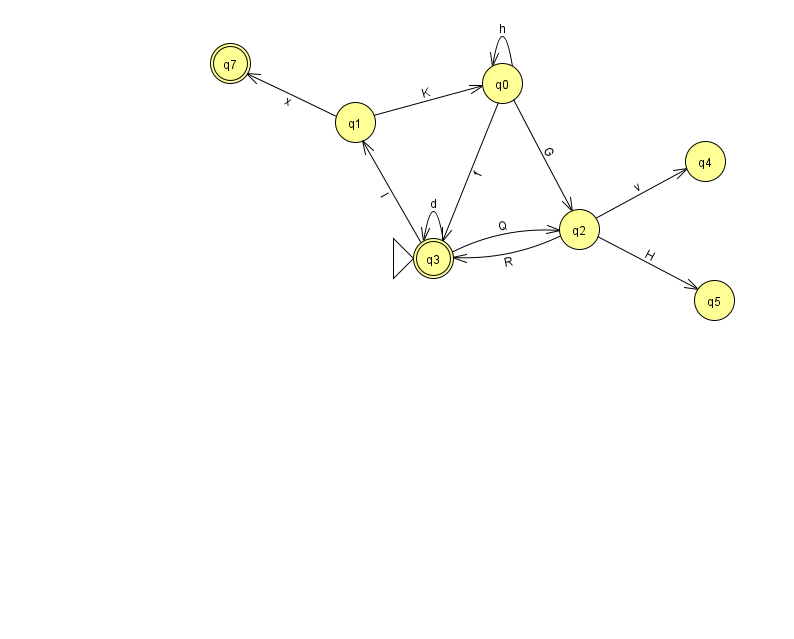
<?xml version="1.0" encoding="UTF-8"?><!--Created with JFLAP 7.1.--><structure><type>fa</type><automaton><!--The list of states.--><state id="0" name="q0"><x>502.0</x><y>70.0</y></state><state id="1" name="q1"><x>355.0</x><y>109.0</y></state><state id="2" name="q2"><x>579.0</x><y>216.0</y></state><state id="3" name="q3"><x>433.0</x><y>245.0</y><initial/><final/></state><state id="4" name="q4"><x>705.0</x><y>148.0</y></state><state id="5" name="q5"><x>714.0</x><y>287.0</y></state><state id="7" name="q7"><x>230.0</x><y>50.0</y><final/></state><!--The list of transitions.--><transition><from>2</from><to>5</to><read>H</read></transition><transition><from>2</from><to>4</to><read>v</read></transition><transition><from>3</from><to>1</to><read>I</read></transition><transition><from>3</from><to>3</to><read>d</read></transition><transition><from>0</from><to>2</to><read>G</read></transition><transition><from>0</from><to>0</to><read>h</read></transition><transition><from>1</from><to>0</to><read>K</read></transition><transition><from>2</from><to>3</to><read>R</read></transition><transition><from>3</from><to>2</to><read>Q</read></transition><transition><from>0</from><to>3</to><read>f</read></transition><transition><from>1</from><to>7</to><read>x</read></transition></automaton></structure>